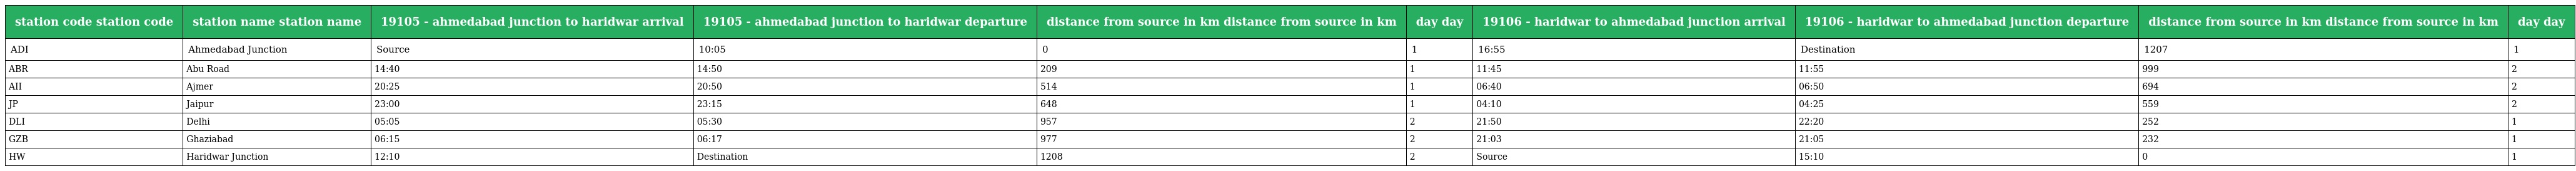
| station code station code | station name station name | 19105 - ahmedabad junction to haridwar arrival | 19105 - ahmedabad junction to haridwar departure | distance from source in km distance from source in km | day day | 19106 - haridwar to ahmedabad junction arrival | 19106 - haridwar to ahmedabad junction departure | distance from source in km distance from source in km | day day |
 | --- | --- | --- | --- | --- | --- | --- | --- | --- | --- |
 | ADI | Ahmedabad Junction | Source | 10:05 | 0 | 1 | 16:55 | Destination | 1207 | 1 |
 | ABR | Abu Road | 14:40 | 14:50 | 209 | 1 | 11:45 | 11:55 | 999 | 2 |
 | AII | Ajmer | 20:25 | 20:50 | 514 | 1 | 06:40 | 06:50 | 694 | 2 |
 | JP | Jaipur | 23:00 | 23:15 | 648 | 1 | 04:10 | 04:25 | 559 | 2 |
 | DLI | Delhi | 05:05 | 05:30 | 957 | 2 | 21:50 | 22:20 | 252 | 1 |
 | GZB | Ghaziabad | 06:15 | 06:17 | 977 | 2 | 21:03 | 21:05 | 232 | 1 |
 | HW | Haridwar Junction | 12:10 | Destination | 1208 | 2 | Source | 15:10 | 0 | 1 |